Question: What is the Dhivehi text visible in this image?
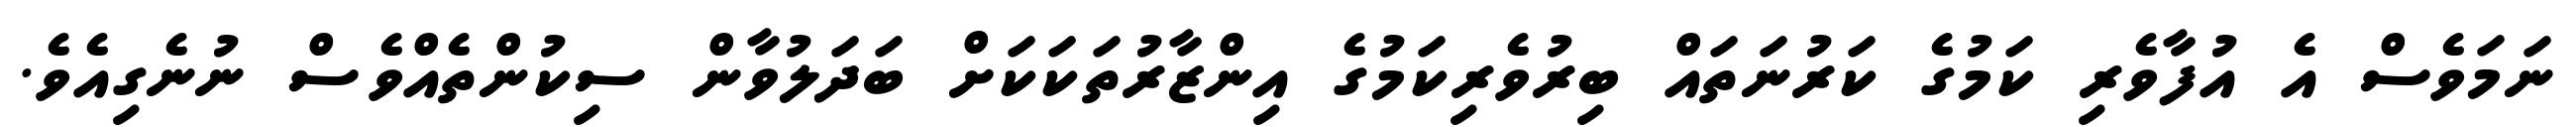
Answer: ނަމަވެސް އެ އުފާވެރި ކަމުގެ ކަރުނަތައް ބިރުވެރިކަމުގެ އިންޒާރުތަކަކަށް ބަދަލުވާން ސިކުންތެއްވެސް ނުނެގިއެވެ.